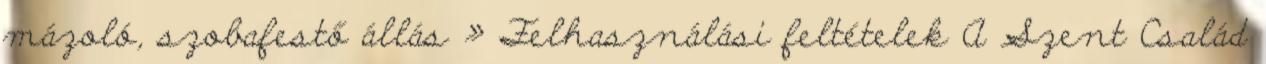
mázoló, szobafestő állás » Felhasználási feltételek A Szent Család